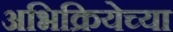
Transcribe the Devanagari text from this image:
अभिक्रियेच्या